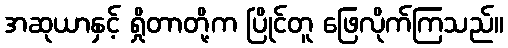
အဆုယာနှင့် ရှိုတာတို့က ပြိုင်တူ ဖြေလိုက်ကြသည်။